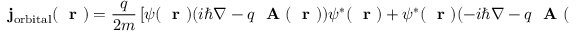
{ \bf j } _ { \mathrm { o r b i t a l } } ( \mathrm { ~ \bf ~ r ~ } ) = \frac { q } { 2 m } \left[ \psi ( \mathrm { ~ \bf ~ r ~ } ) ( i \hbar \nabla - q \mathrm { ~ \bf ~ A ~ } ( \mathrm { ~ \bf ~ r ~ } ) ) \psi ^ { * } ( \mathrm { ~ \bf ~ r ~ } ) + \psi ^ { * } ( \mathrm { ~ \bf ~ r ~ } ) ( - i \hbar \nabla - q \mathrm { ~ \bf ~ A ~ } ( \mathrm { ~ \bf ~ r ~ } ) ) \psi ( \mathrm { ~ \bf ~ r ~ } ) \right] \; .